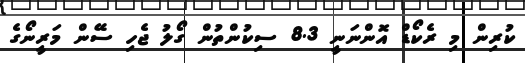
ކުރިން މި ރެކޯޑް އޮންނަނީ 8.3 ސިކުންތުން ގޯލު ޖެހި ސޭން މަރީނޯގެ